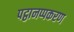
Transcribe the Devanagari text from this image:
पट्ठानप्पकरण